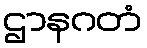
ဌာနဂတံ